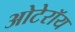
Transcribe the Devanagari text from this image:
ओटेरॉय